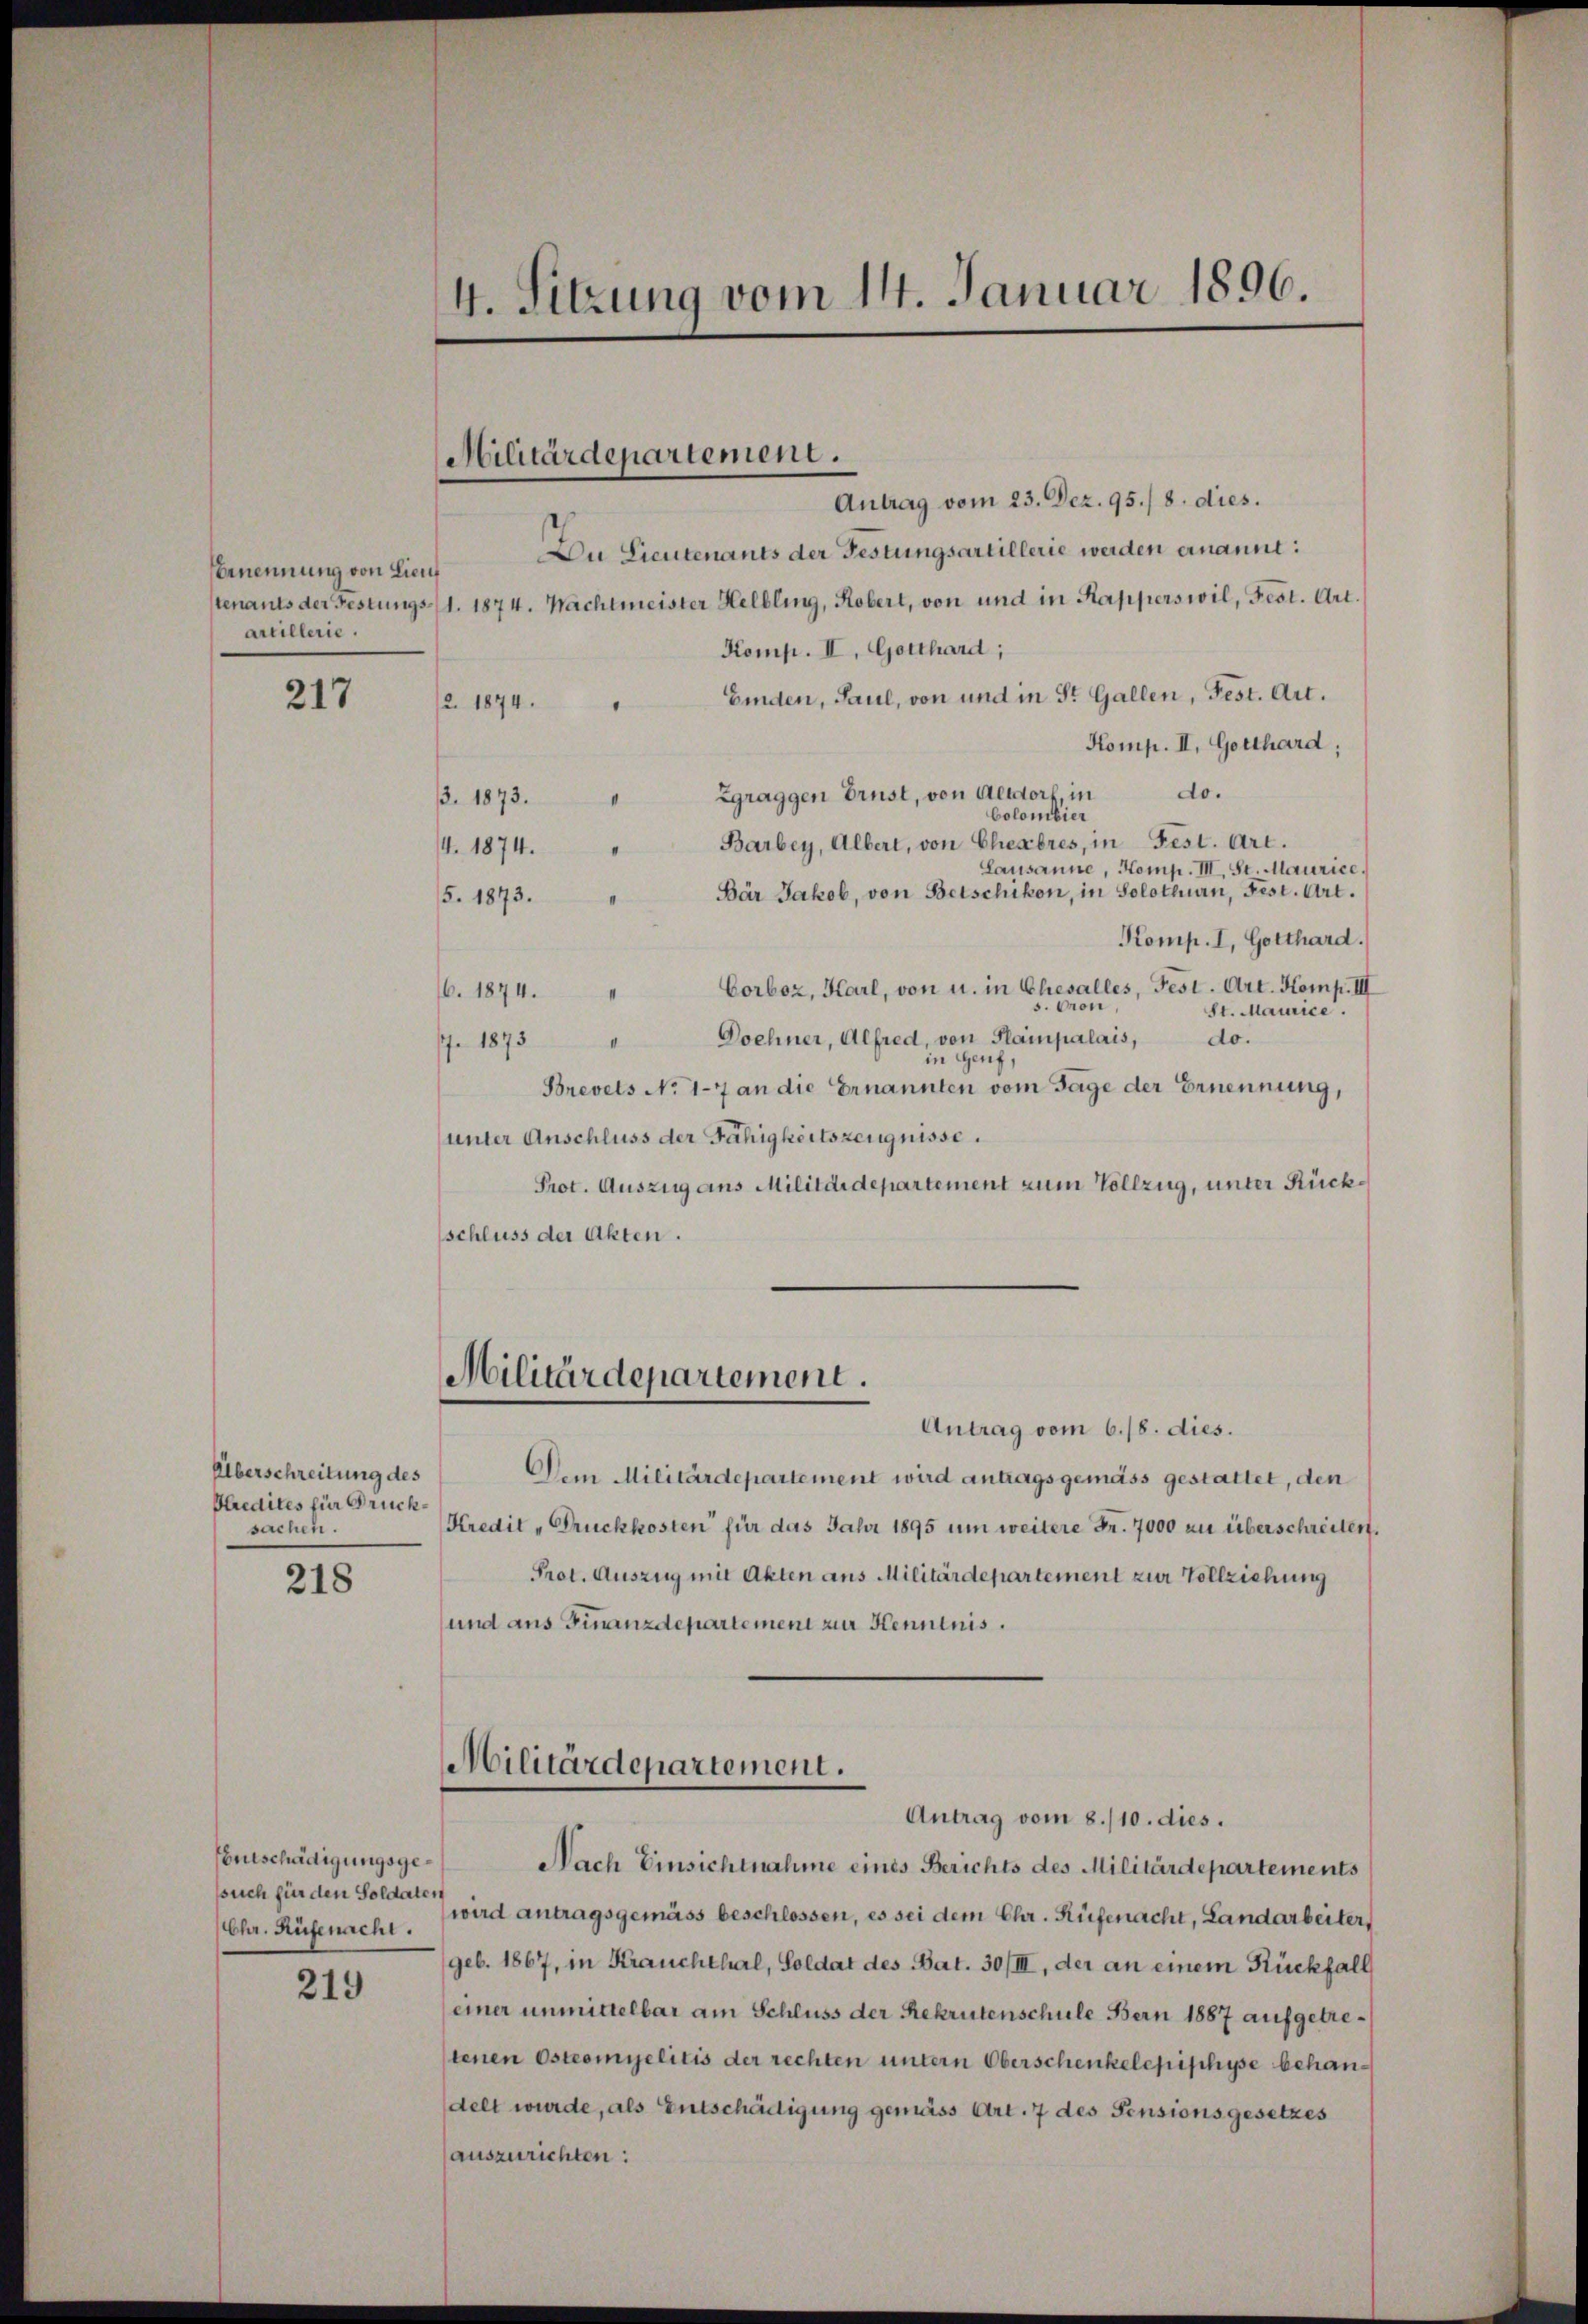
rnennung von Lieuf
artillerie.

217

Überschreitung des
Predites für Brücksachen.

218

Entschädigungsgessuch für den Soldaten
Chr. Rüfenacht.

219

4. Sitzung vom 14. Januar 1896.

Militärdepartement.

Antrag vom 23. Dez. 95./ 8. dies.
Du Lieutenants der Festungsartillerie werden ernannt:
tenants der Festungs- 1. 1874. Nachtmeister Helbling, Robert, von und in Kapperswil, Fest. Art.
Komp. II. Gotthard,
Finden, Paul, von und in St. Gallen, Fest. Art.
2. 1874.
Komp. II. Gotthard,
do.
Zgraggen Drust, von Altdorf, in
3. 1873.
Colombier
Barbey, Albert, von Eheabres, in Fest. Art.
4. 1874.
Lausanne, Komp. III. St. Maurice,
Bär Jakob, von Betschikon, in Solothurn, Fest. Art.
5. 1873.
Komp. I, Gotthard.
Corboz, Karl, von u. in Chiesalles, Fest. Art. Komp. III
6. 1874.
5. Ton,
St. Maurice.
Doehner, Alfred, von Stampalais,
do.
II
se 1873.
in Genf,
Brevets No 17 an die Ernannten vom Tage der Ernennung,
unter Anschluss der Fähigkeitszeugnisse.
Prot. Auszug aus Militärdepartement zum Vollzug, unter Rückschluss der Akten.

Militärdepartement.

Antrag vom 6./8. dies.
Dem Militärdepartement wird antragsgemäss gestattet, den
Kredit - Trückkosten für das Jahr 1895 um weitere Fr. 7000 zu überschreiten.
Prot. Auszug mit Akten aus Militärdepartement zur Vollziehung
und aus Finanzdepartement zur Kenntnis.
Militärdepartement.

Antrag vom 8./10. dies

Nach Einsichtnahme eines Berichts des Militärdepartements
wird antragsgemäss beschlossen, es sei dem Chr. Rüfenacht, Landarbeiter,
(geb. 1867, in Krauchthal, Soldat des Bat. 30/III, der an einem Rückfall
einer unmittelbar am Schluss der Rekrutenschule Bern 1887 aufgetretenen Ostromyelitis der rechten untern Oberschenkelepischyse behandelt wurde, als Entschädigung gemäss Art. 7 des Pensionsgesetzes
auszurichten: